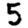
Digit: 5